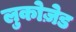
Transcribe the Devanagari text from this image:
लुकोज़ेड